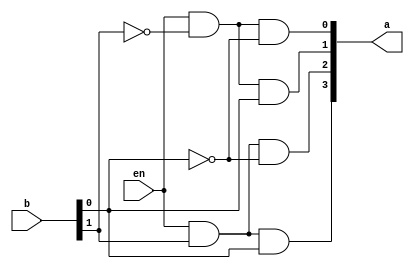
module dec2_4 (a,b,en); 

	output [3:0] a; 
	input [1:0]b; 
	input en; 
	wire [1:0]bb; 
	
	not(bb[1],b[1]),(bb[0],b[0]); 

	and(a[0],en, bb[1],bb[0]),(a[1],en, bb[1],b[0]),(a[2],en, b[1],bb[0]),(a[3],en,b[1],b[0]); 

endmodule